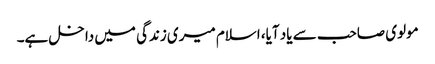
مولوی صاحب سے یاد آیا، اسلام میری زندگی میں داخل ہے۔